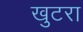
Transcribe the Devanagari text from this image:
खुटरा